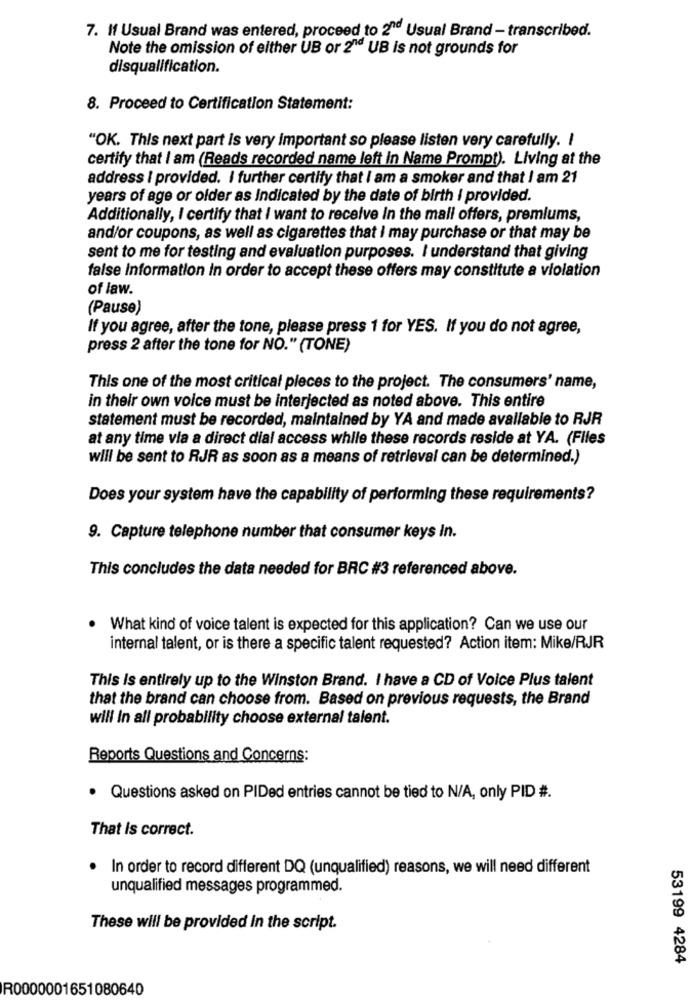
7. If Usual Brand was entered, proceed to 2"d Usual Brand - transcribed.
Note the omission of either UB or 2"d UB is not grounds for
disqualification.
8. Proceed to Certification Statement:
"OK. This next part is very important so please listen very carefully. I
certify that I am (Reads recorded name left in Name Prompt). Living at the
address I provided. I further certify that I am a smoker and that I am 21
years of age or older as Indicated by the date of birth i provided.
Additionally, I certify that i want to receive in the mall offers, premiums,
and/or coupons, as well as cigarettes that I may purchase or that may be
sent to me for testing and evaluation purposes. I understand that giving
false Information in order to accept these offers may constitute a violation
of law.
(Pause)
If you agree, after the tone, please press 1 for YES. If you do not agree,
press 2 after the tone for NO." (TONE)
This one of the most critical pieces to the project. The consumers' name,
in their own voice must be interjected as noted above. This entire
statement must be recorded, maintained by YA and made available to RJR
at any time via a direct dial access while these records reside at YA. (Files
will be sent to RJR as soon as a means of retrieval can be determined.)
Does your system have the capability of performing these requirements?
9. Capture telephone number that consumer keys In.
This concludes the data needed for BRC #3 referenced above.
.
What kind of voice talent is expected for this application? Can we use our
internal talent, or is there a specific talent requested? Action item: Mike/RJR
This Is entirely up to the Winston Brand. I have a CD of Voice Plus talent
that the brand can choose from. Based on previous requests, the Brand
will In all probability choose external talent.
Reports Questions and Concerns:
· Questions asked on PIDed entries cannot be tied to N/A, only PID #.
That Is correct.
In order to record different DQ (unqualified) reasons, we will need different
unqualified messages programmed.
These will be provided In the script.
53199 4284
R0000001651080640